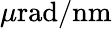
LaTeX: \mu\mathrm{rad}/\mathrm{nm}